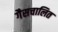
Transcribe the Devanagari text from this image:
गैसचालित